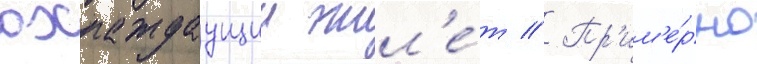
охлаждаущии жил'е́т // Пр'им'е́рно